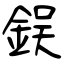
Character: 鋘